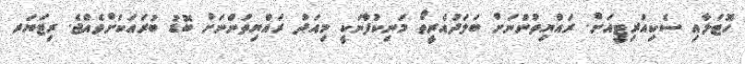
ހޮޓަލާއި ސެކިއުރިޓީއަށް. ރައްޔިތުންނަށް ބަލަދުއެރީތޯ މަނިކުފާނަކީ މިއަދު ރައްޔިތުންނަށް ބޮޑު ބުރައަކަށްވެއްޖެ. ރިޓަޔަރ